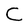
Character: C